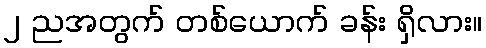
၂ ညအတွက် တစ်ယောက် ခန်း ရှိလား။